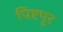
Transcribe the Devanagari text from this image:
पिष्टपुर